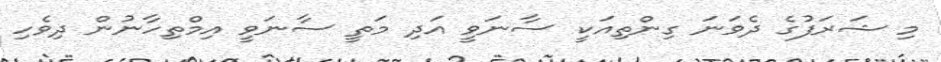
މި ޝަރަފުގެ ދެވަނަ ގިންތިއަކީ ސާނަވީ އަދި މަތީ ސާނަވީ އިމްތިހާނުން ދިވެހި